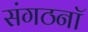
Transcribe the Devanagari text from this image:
संगठनॉ